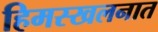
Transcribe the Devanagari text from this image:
हिमस्खलनात